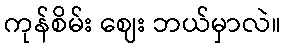
ကုန်စိမ်း ဈေး ဘယ်မှာလဲ။